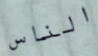
الناس